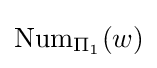
\operatorname {Num} _{\Pi _{1}}(w)